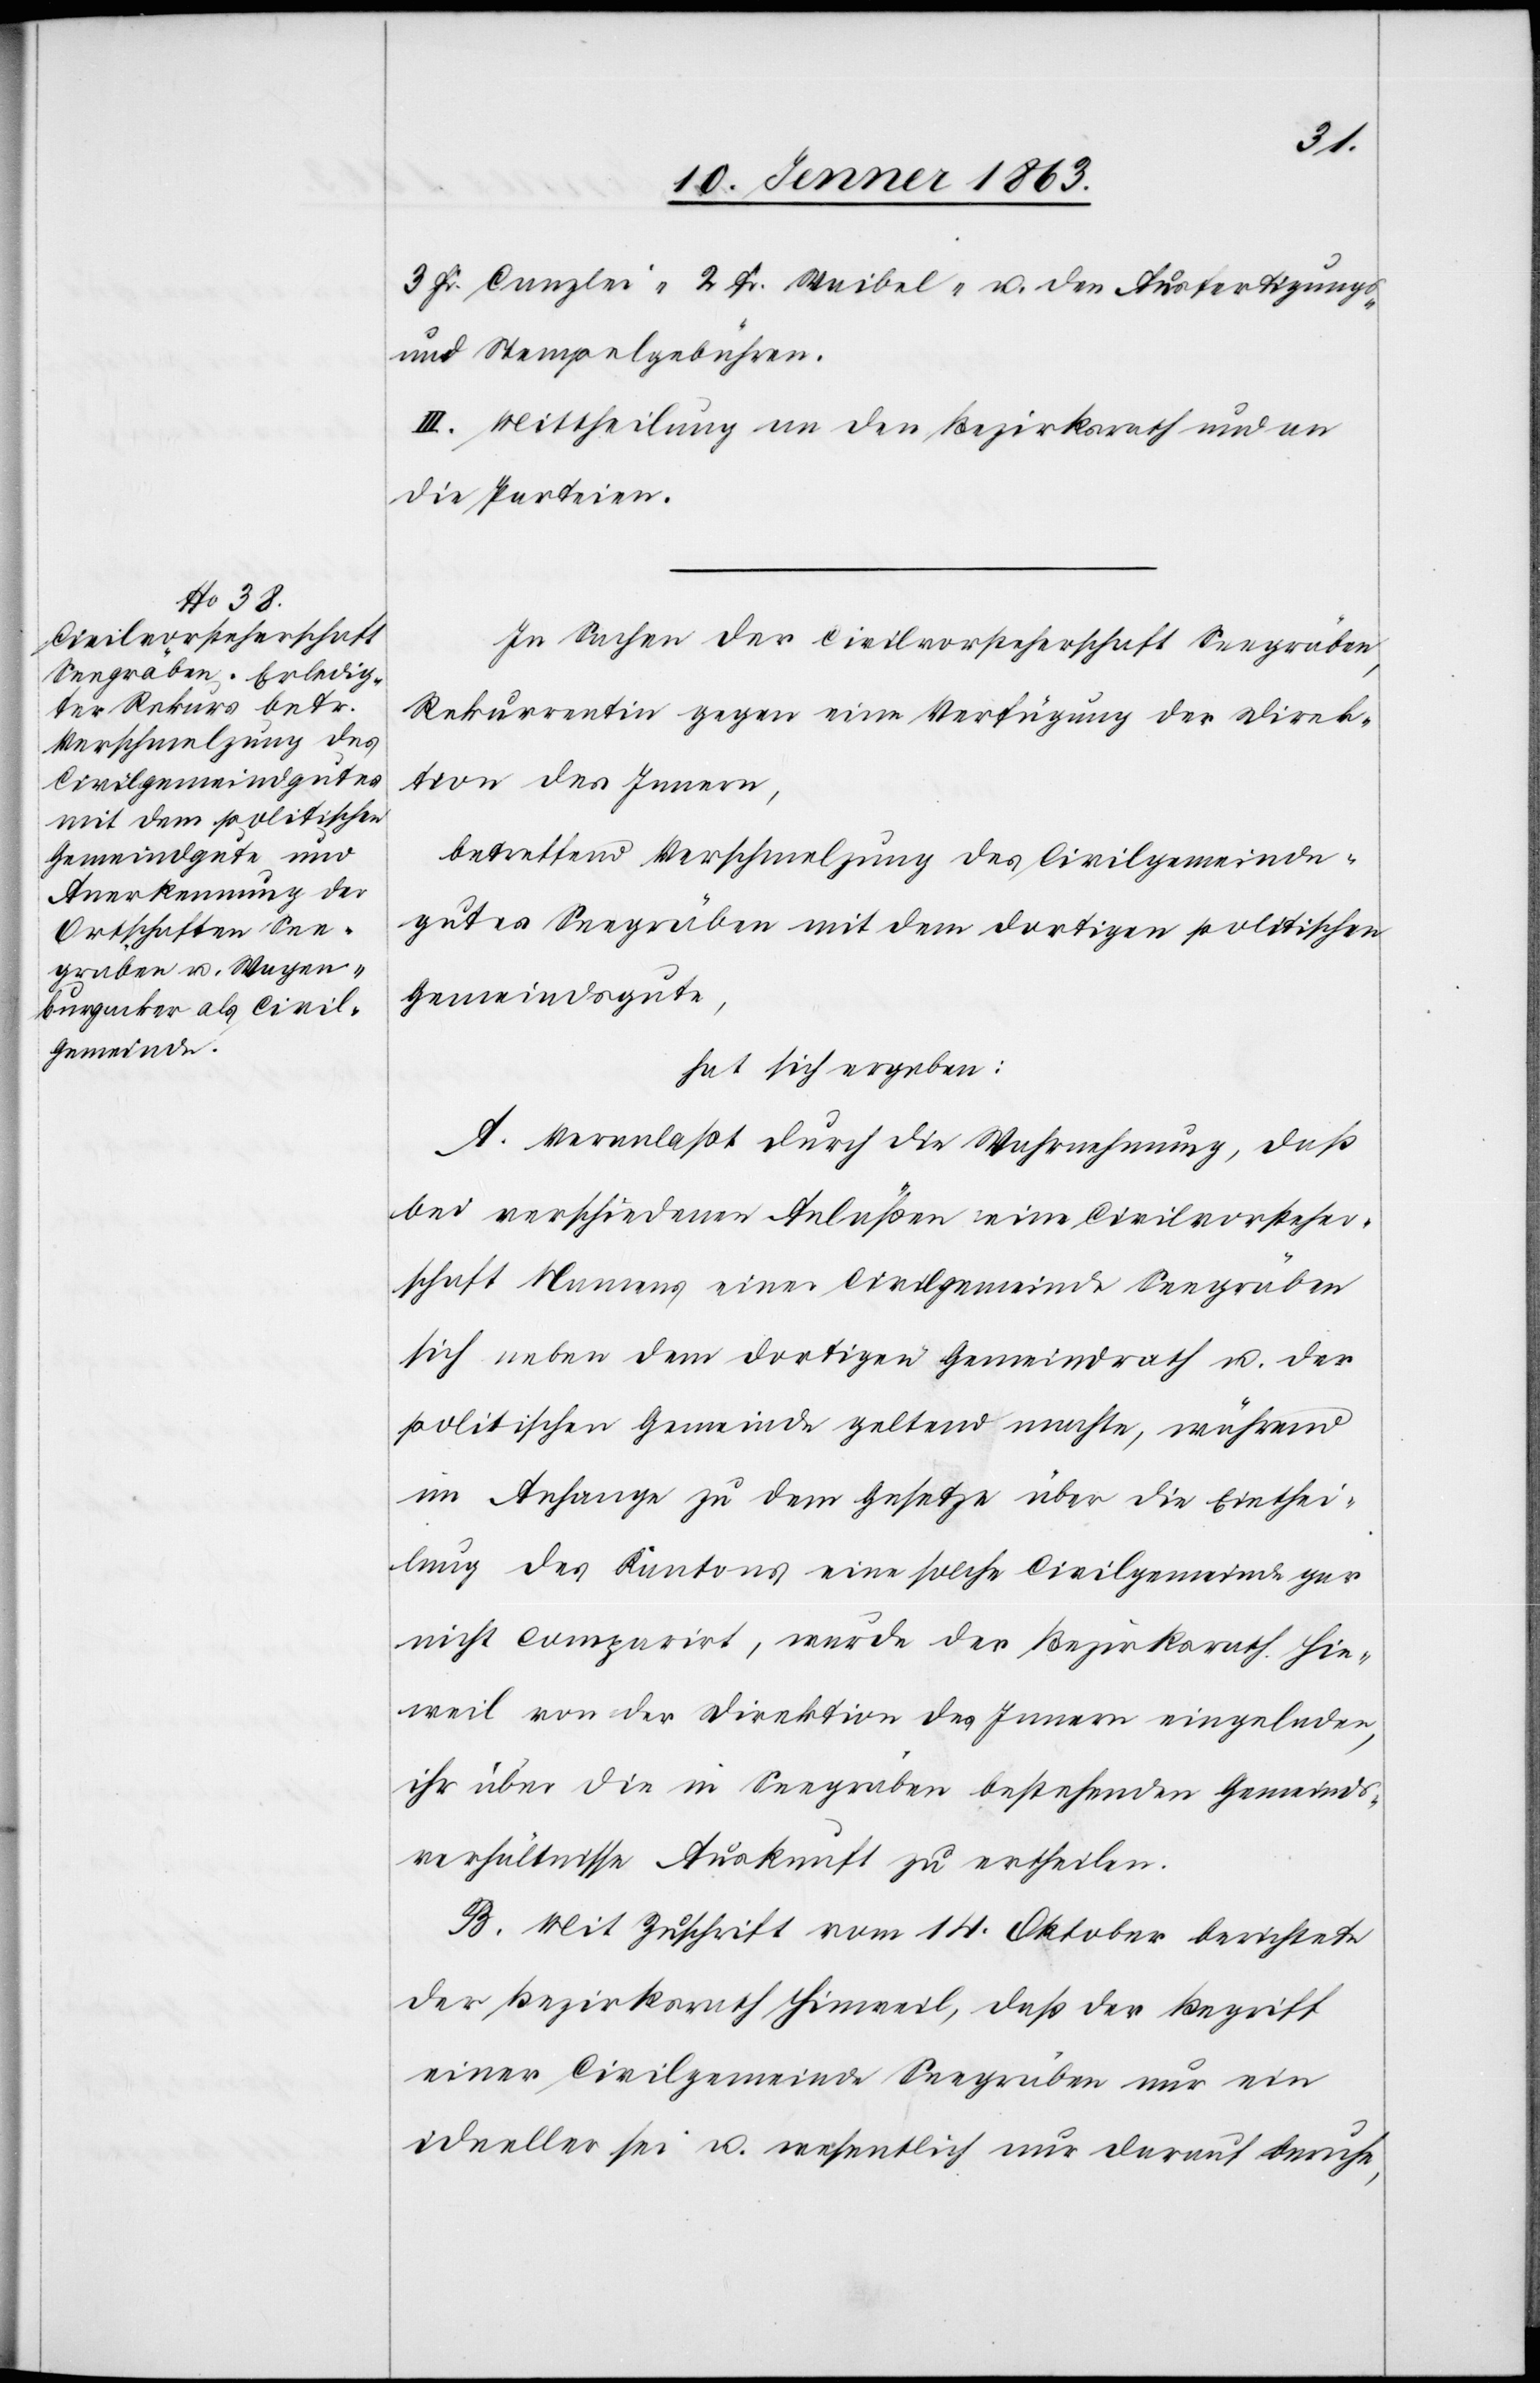
3 Fr. Canzlei-[,] 2 Fr. Waibel- u. den Ausfertigungs-
und Stempelgebühren.
III. Mittheilung an den Bezirksrath und an
die Parteien.
In Sachen der Civilvorsteherschaft Seegräben,
Rekurrentin gegen eine Verfügung der Direk¬
tion des Innern,
betreffend Verschmelzung des Civilgemeinde¬
gutes Seegräben mit dem dortigen politischen
Gemeindsgute,
hat sich ergeben:
A. Veranlaßt durch die Wahrnehmung, daß
bei verschiedenen Anläßen eine Civilvorsteher¬
schaft Namens einer Civilgemeinde Seegräben
sich neben dem dortigen Gemeindrath u. der
politischen Gemeinde geltend machte, während
im Anfange zu dem Gesetze über die Einthei¬
lung des Kantons eine solche Civilgemeinde gar
nicht compartirt, wurde der Bezirksrath Hin¬
weil von der Direktion der Justiz eingeladen,
ihr über die in Seegräben bestehenden Gemeinds¬
verhältnisse Auskunft zu ertheilen.
B. Mit Zuschrift vom 14. Oktober berichtete
der Bezirksrath Hinweil, daß der Begriff
einer Civilgemeinde Seegräben nur ein
ideeller sei u. wesentlich nur darauf beruhe,